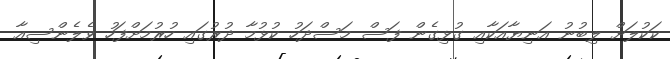
ކަކުލަށް ލިބުނު އަނިޔާއަކާއި ގުޅިގެން ފަސް މަސްދަހު ކުޅުމާ ދުރުގައި ހުރުމަށްފަހު ވެލެންސިއާ